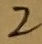
Text: 2